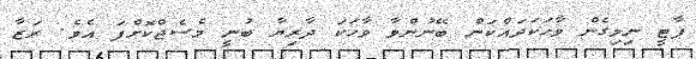
ޕާޓީ ނިމިގެން ވާހަކަދައްކަން ބޭނުންވާ ވާހަކަ ދާރިޔާ ބުނީ މެސެޖްކޮށްފަ އެވެ. ރަޒާ